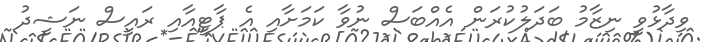
ވިދާޅުވީ ނިޒާމު ބަދަލުކުރަން އެއްބަސް ނުވާ ކަމަށާއި އެ ޕާޓީއާއި ރައީސް ނަޝީދު